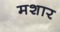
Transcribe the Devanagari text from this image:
मशार